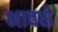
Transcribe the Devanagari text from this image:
भावसे